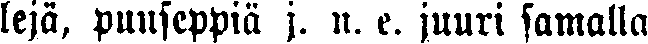
lejä, puuseppiä j. n. e. juuri samalla